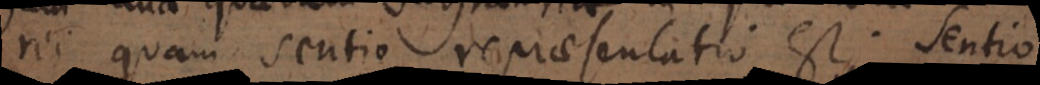
rei quam sentio repraesentatio est.